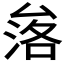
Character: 𱑧